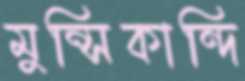
মুন্সিকান্দি